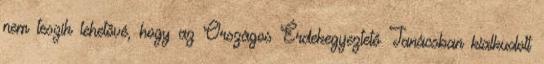
nem teszik lehetővé, hogy az Országos Érdekegyeztető Tanácsban kialkudott